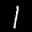
Label: 1